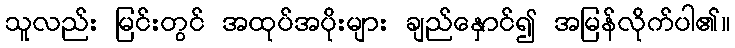
သူလည်း မြင်းတွင် အထုပ်အပိုးများ ချည်နှောင်၍ အမြန်လိုက်ပါ၏။